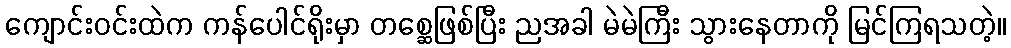
ကျောင်းဝင်းထဲက ကန်ပေါင်ရိုးမှာ တစ္ဆေဖြစ်ပြီး ညအခါ မဲမဲကြီး သွားနေတာကို မြင်ကြရသတဲ့။